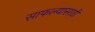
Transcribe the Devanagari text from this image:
साफल्यासाठी